Loodushoiu_ja_Turismi_Instituut, lk 339
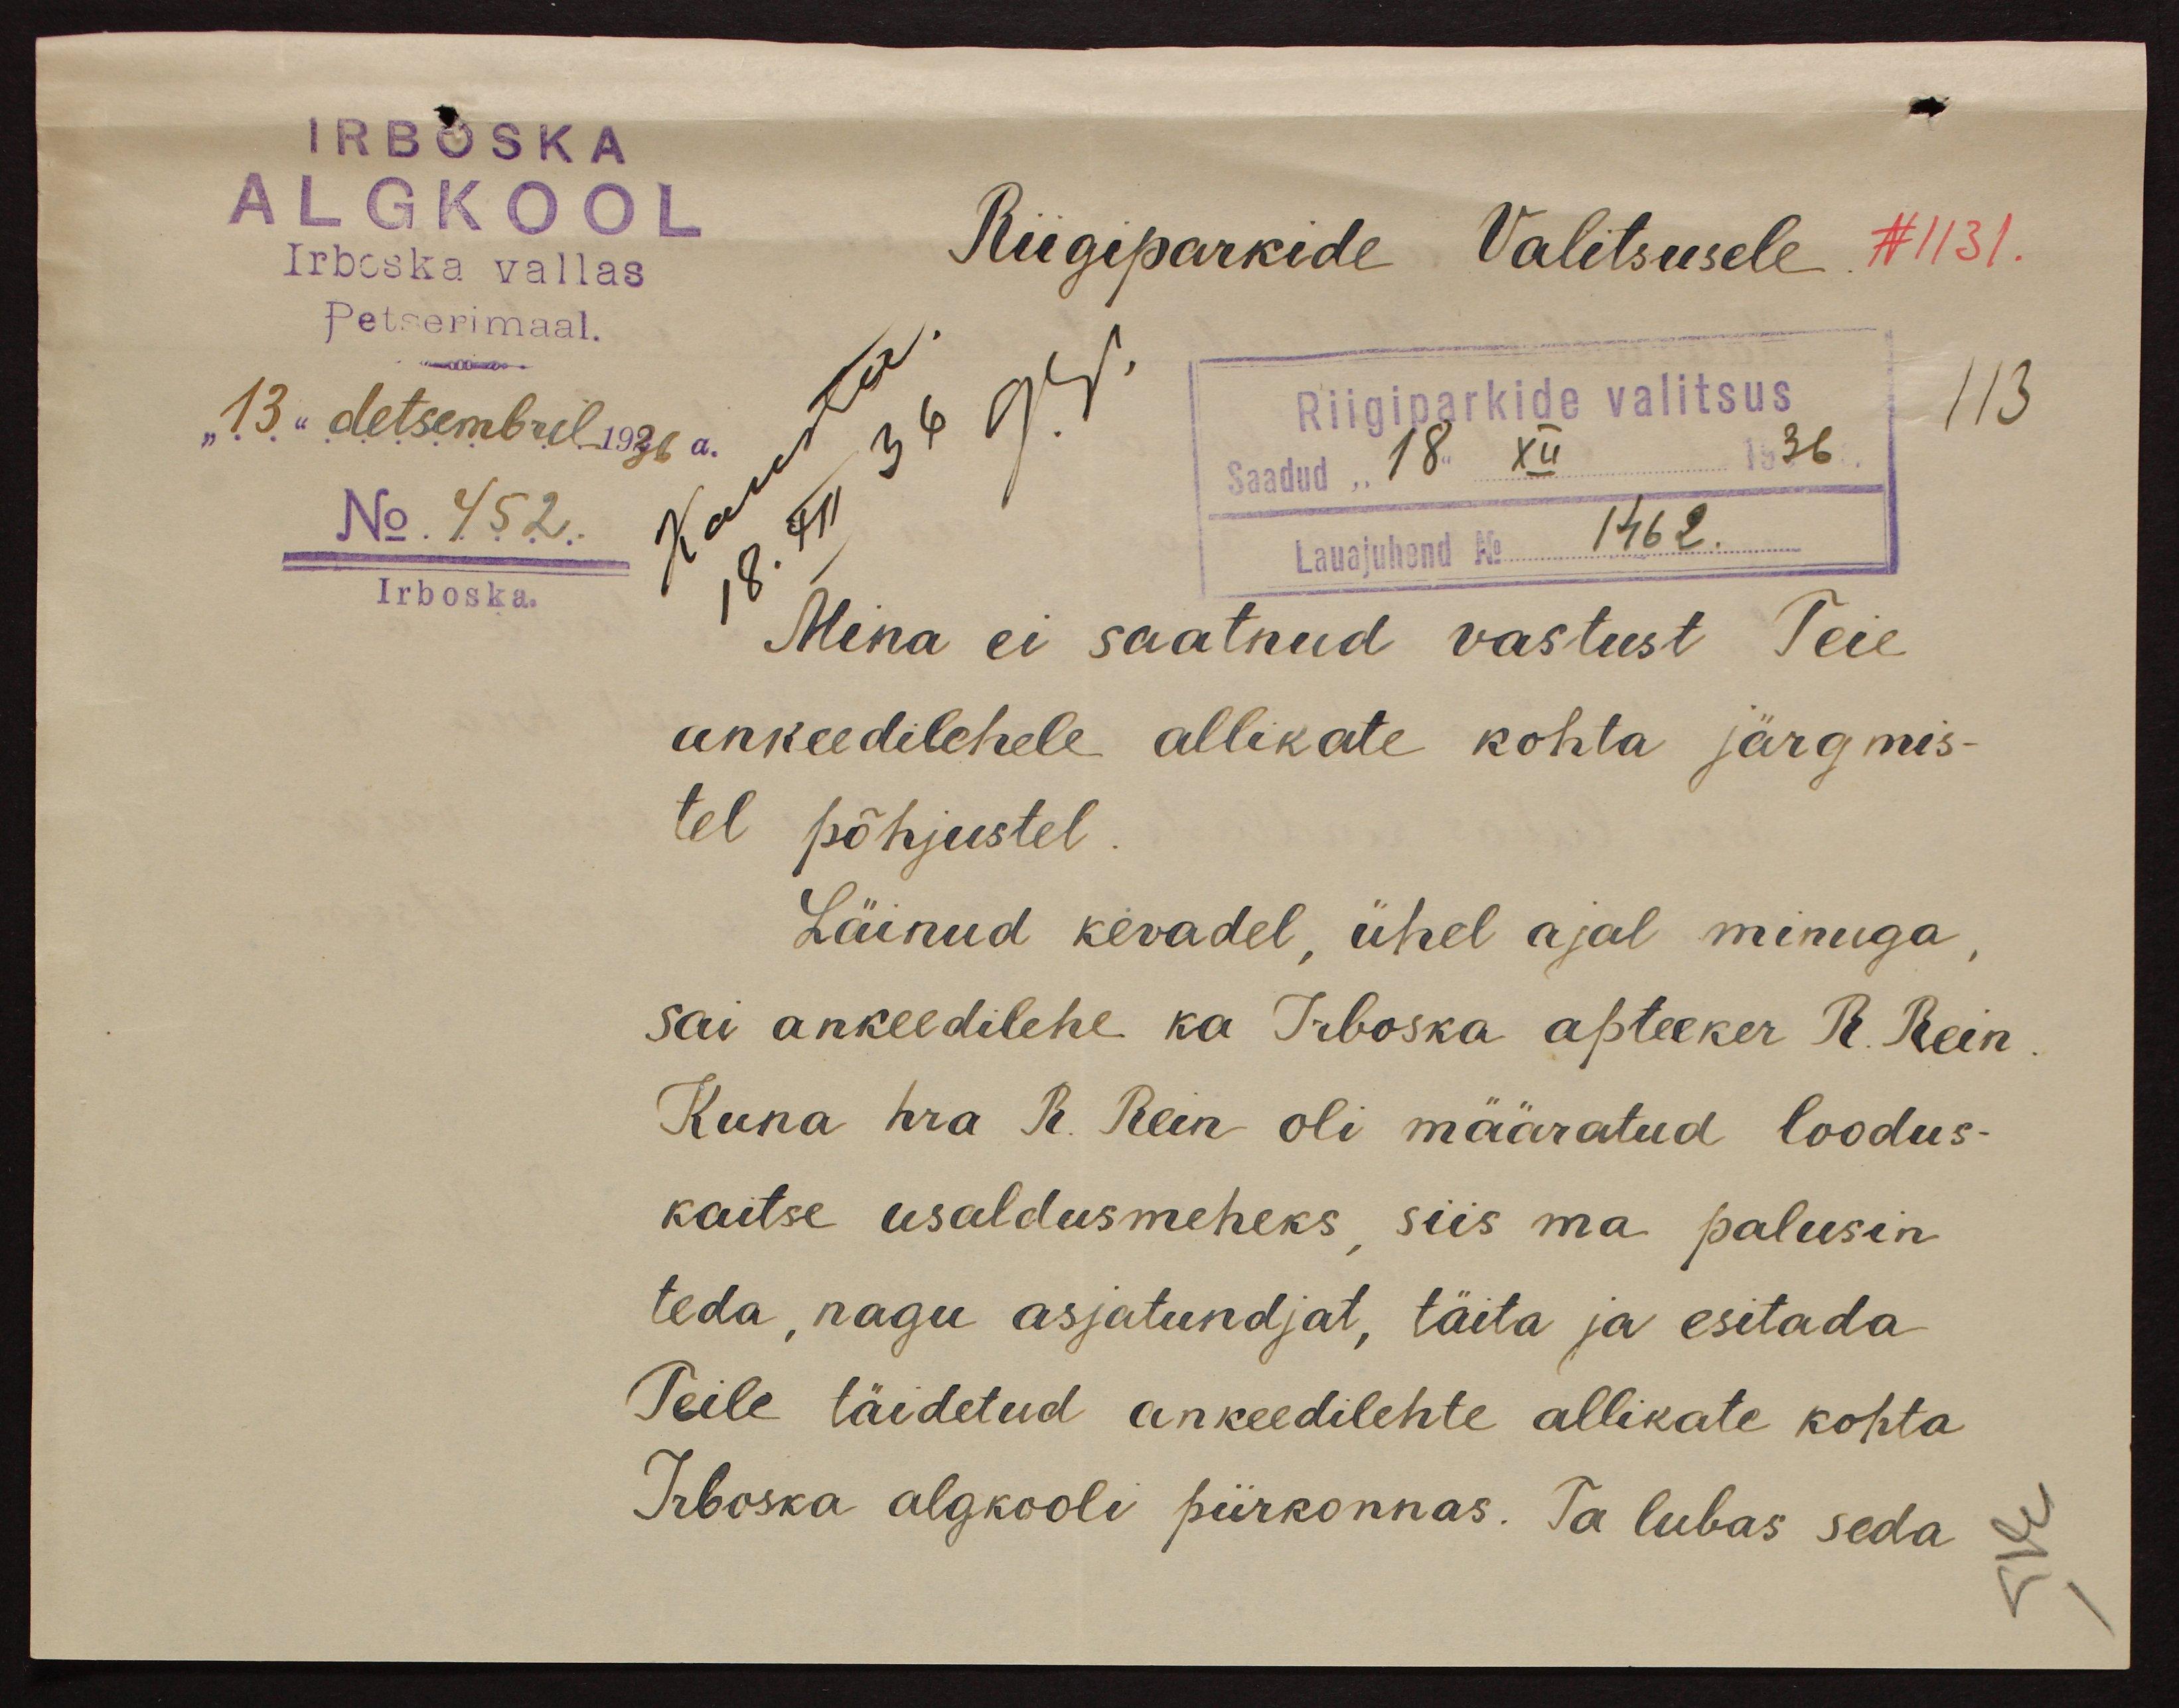
IRBOSKA
ALGKOOL
Irboska vallas
Riigiparkide Valitsusele N 1131.
Petserimaal.
Riigiparkide valitsus
113
"13" detsembril 1936 a.
Saadud "18" XII 1936
No 452
Lauajuhend No 1462.
Irboska.
Mina ei saatnud vastust Teie
ankeedilehele allikate kohta järgmis-
tel põhjustel.
Läinud kevadel, ühel ajal minuga
sai ankeedilehe ka Irboska apteeker R. Rein
Kuna hra R. Rein oli määratud loodus-
kaitse usaldusmeheks siis ma palusin
teda, nagu asjatundjat, täita ja esitada
Teile täidetud ankeedilehte allikate kohta
Irboska algkooli piirkonnas. Ta lubas seda